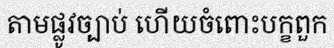
តាមផ្លូវច្បាប់ ហើយចំពោះបក្ខពួក